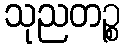
သုညတဉ္စ